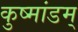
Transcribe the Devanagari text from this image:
कुष्मांडम्